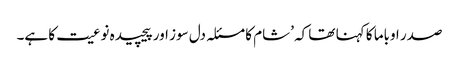
صدر اوباما کا کہنا تھا کہ ’شام کا مسئلہ دل سوز اور پیچیدہ نوعیت کا ہے۔